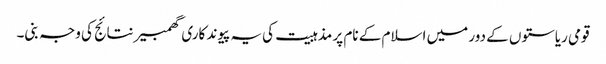
قومی ریاستوں کے دور میں اسلام کے نام پر مذہبیت کی یہ پیوند کاری گھمبیر نتائج کی وجہ بنی۔